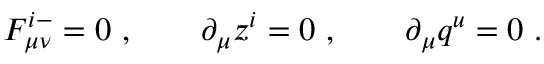
{ \cal F } _ { \mu \nu } ^ { i - } = 0 \ , \qquad \partial _ { \mu } z ^ { i } = 0 \ , \qquad \partial _ { \mu } q ^ { u } = 0 \ .